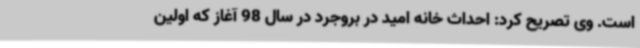
است. وی تصریح کرد: احداث خانه امید در بروجرد در سال 98 آغاز که اولین